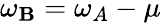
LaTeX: \omega_{\mathbf{B}}=\omega_{A}-\mu